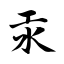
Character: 汞